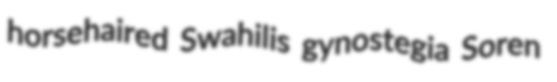
horsehaired Swahilis gynostegia Soren